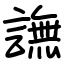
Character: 譕